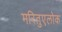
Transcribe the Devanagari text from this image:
मरितुएलोक